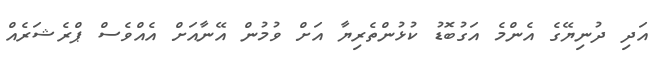
އަދި ދުނިޔޭގެ އެންމެ އަގުބޮޑު ކުޅުންތެރިޔާ އަށް ވުމުން އޭނާއަށް އެއްވެސް ޕްރެޝަރެއް